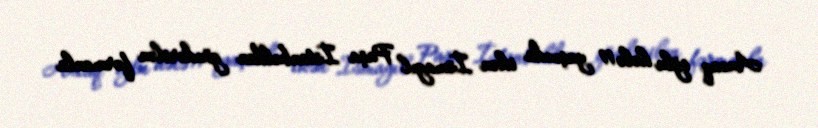
Ancaq oğlu hələ 11 yaşında ikən İsmayıl Paşa İstanbuldan göndərilən fərmanla